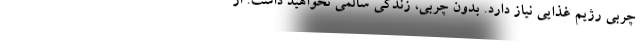
چربی رژیم غذایی نیاز دارد. بدون چربی، زندگی سالمی نخواهید داشت. از